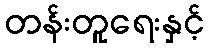
တန်းတူရေးနှင့်